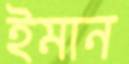
ইমান